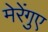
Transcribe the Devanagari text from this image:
मेरेंगुए